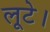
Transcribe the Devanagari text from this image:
लूटे।